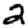
Digit: 2